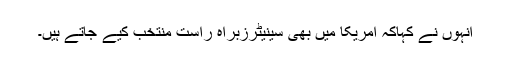
انہوں نے کہاکہ امریکا میں بھی سینیٹرزبراہ راست منتخب کیے جاتے ہیں۔